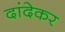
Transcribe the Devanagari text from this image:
दांदेकर